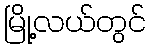
မြို့လယ်တွင်